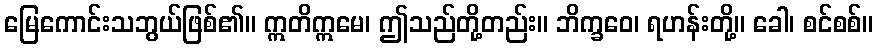
မြေကောင်းသဘွယ်ဖြစ်၏။ ဣတိဣမေ၊ ဤသည်တို့တည်း။ ဘိက္ခဝေ၊ ရဟန်းတို့။ ခေါ၊ စင်စစ်။